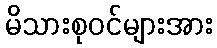
မိသားစုဝင်များအား